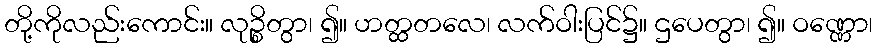
တို့ကိုလည်းကောင်း။ လုဉ္စိတွာ၊ ၍။ ဟတ္ထတလေ၊ လက်ဝါးပြင်၌။ ဌပေတွာ၊ ၍။ ဝဏ္ဏော၊